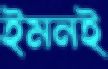
ইমনই